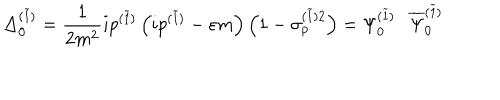
\Delta _ { 0 } ^ { ( \widetilde { 1 } ) } = \frac 1 { 2 m ^ { 2 } } i p ^ { ( \widetilde { 1 } ) } \left( i p ^ { ( \widetilde { 1 } ) } - \varepsilon m \right) \left( 1 - \sigma _ { p } ^ { ( \widetilde { 1 } ) 2 } \right) = \Psi _ { 0 } ^ { ( \widetilde { 1 } ) } \cdot \overline { { { \Psi } } } _ { 0 } ^ { ( \widetilde { 1 } ) }